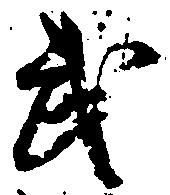
武